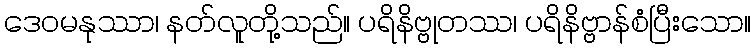
ဒေဝမနုဿာ၊ နတ်လူတို့သည်။ ပရိနိဗ္ဗုတဿ၊ ပရိနိဗ္ဗာန်စံပြီးသော။